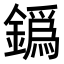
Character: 𨬞